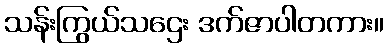
သန်းကြွယ်သဌေး ဒက်ဇာပါတကား။